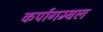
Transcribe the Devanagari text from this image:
कर्पागम्बल